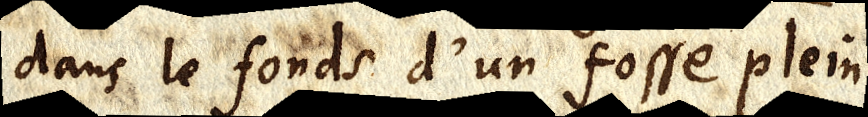
dans le fonds d’un fosse plein